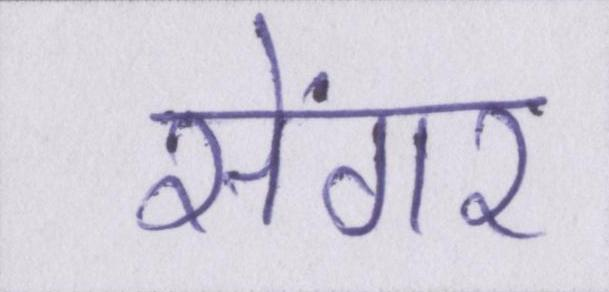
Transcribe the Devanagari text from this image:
सेंगर